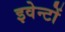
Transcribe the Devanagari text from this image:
इवेन्टों